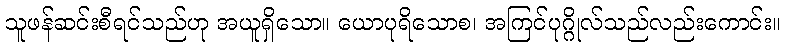
သူဖန်ဆင်းစီရင်သည်ဟု အယူရှိသော။ ယောပုရိသောစ၊ အကြင်ပုဂ္ဂိုလ်သည်လည်းကောင်း။